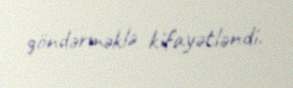
göndərməklə kifayətləndi.